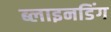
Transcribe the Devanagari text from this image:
ब्लाइनडिंग